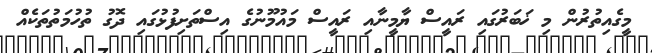
މީގެއިތުރުން މި ޚަބަރުގައި ރައީސް ޔާމީނާއި ރައީސް މައުމޫނުގެ އިސްތަށިފުޅުގައި ދޮގު ތުހުމަތުތަކެއް